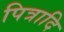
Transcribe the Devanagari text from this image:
पित्रादि